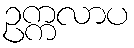
ဥက္ကလာပ